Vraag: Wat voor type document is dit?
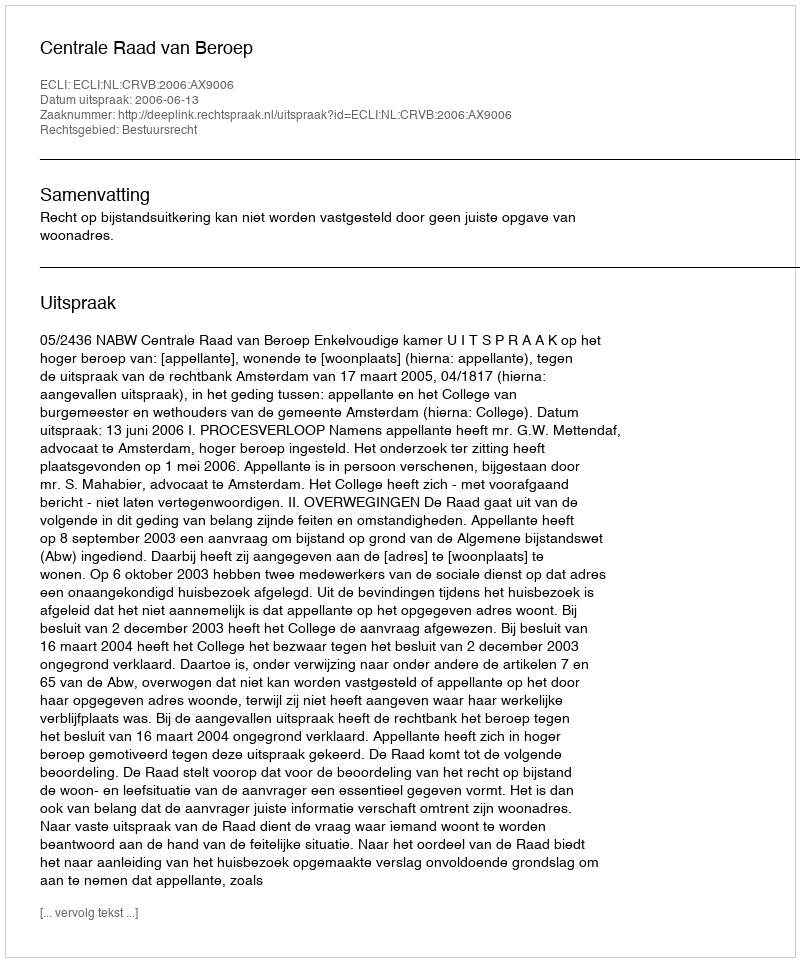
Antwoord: Uitspraak